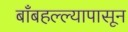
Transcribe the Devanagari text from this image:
बाँबहल्ल्यापासून